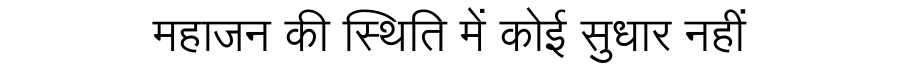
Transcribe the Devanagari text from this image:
महाजन की स्थिति में कोई सुधार नहीं